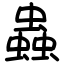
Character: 蟲